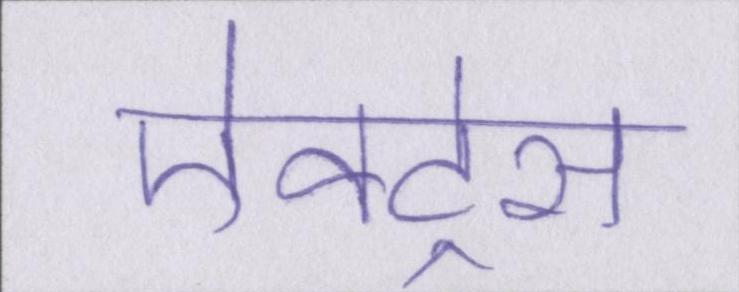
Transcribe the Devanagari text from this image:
ऐक्ट्रेस